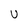
Character: U